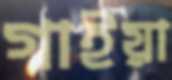
গাইয়া